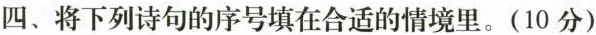
四、将下列诗句的序号填在合适的情境里。(10分)